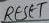
Text: RESET